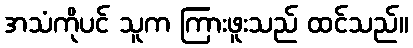
အသံကိုပင် သူက ကြားဖူးသည် ထင်သည်။